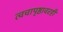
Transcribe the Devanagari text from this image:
त्वचापृष्ठावरही